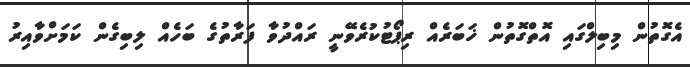
އެގޮތުން މިބިލްގައި އޮތްގޮތުން ޚަބަރެއް ރިޕޯޓުކުރެވޭނީ ރައްދުވާ ފަރާތުގެ ބަހެއް ލިބިގެން ކަމަށްވާއިރު